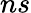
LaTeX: ns